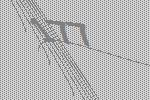
177